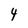
Character: 4